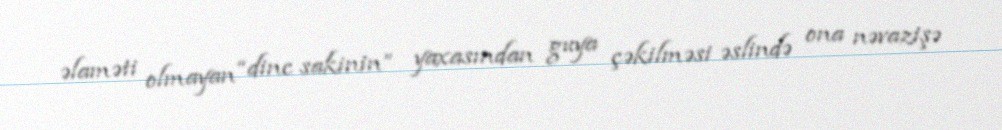
əlaməti olmayan “dinc sakinin” yaxasından guya çəkilməsi əslində ona nəvazişə